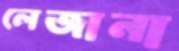
লেজানা